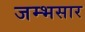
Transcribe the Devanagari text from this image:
जम्भसार